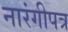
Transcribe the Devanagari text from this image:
नारंगीपत्र